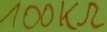
Text: 100kΩ